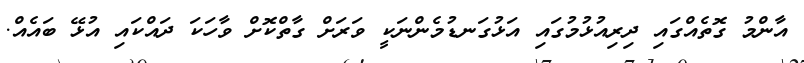
އާންމު ގޮތެއްގައި ދިރިއުޅުމުގައި އަޅުގަނޑުމެންނަކީ ވަރަށް ގާތްކޮށް ވާހަކަ ދައްކައި އުޅޭ ބައެއް.